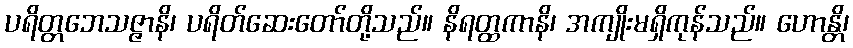
ပရိတ္တဘေသဇ္ဇာနိ၊ ပရိတ်ဆေးတော်တို့သည်။ နိရတ္ထကာနိ၊ အကျိုးမရှိကုန်သည်။ ဟောန္တိ၊